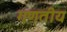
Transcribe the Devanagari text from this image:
गणतीय